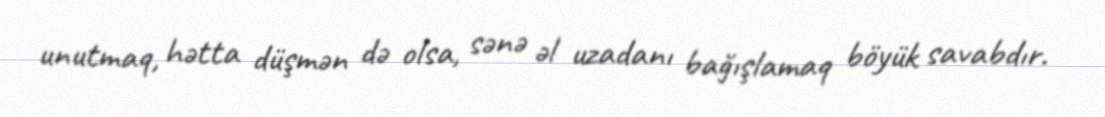
unutmaq, hətta düşmən də olsa, sənə əl uzadanı bağışlamaq böyük savabdır.